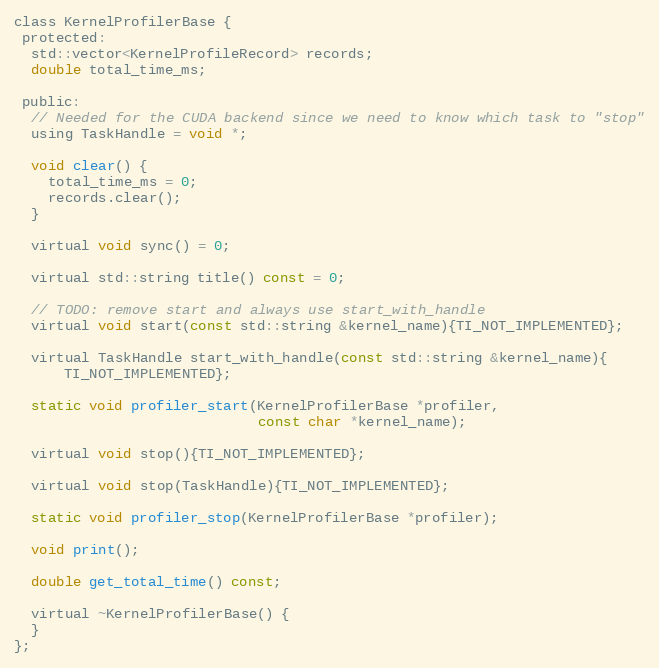
Language: C
class KernelProfilerBase {
 protected:
  std::vector<KernelProfileRecord> records;
  double total_time_ms;

 public:
  // Needed for the CUDA backend since we need to know which task to "stop"
  using TaskHandle = void *;

  void clear() {
    total_time_ms = 0;
    records.clear();
  }

  virtual void sync() = 0;

  virtual std::string title() const = 0;

  // TODO: remove start and always use start_with_handle
  virtual void start(const std::string &kernel_name){TI_NOT_IMPLEMENTED};

  virtual TaskHandle start_with_handle(const std::string &kernel_name){
      TI_NOT_IMPLEMENTED};

  static void profiler_start(KernelProfilerBase *profiler,
                             const char *kernel_name);

  virtual void stop(){TI_NOT_IMPLEMENTED};

  virtual void stop(TaskHandle){TI_NOT_IMPLEMENTED};

  static void profiler_stop(KernelProfilerBase *profiler);

  void print();

  double get_total_time() const;

  virtual ~KernelProfilerBase() {
  }
};